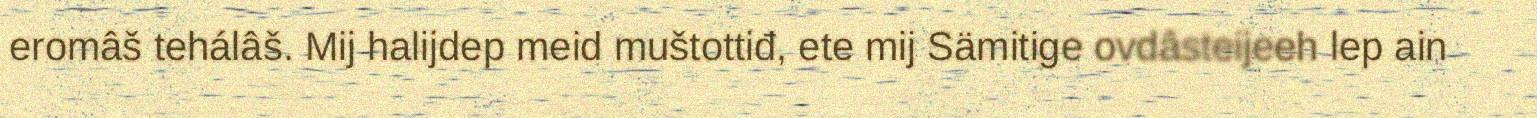
eromâš tehálâš. Mij halijdep meid muštottiđ, ete mij Sämitige ovdâsteijeeh lep ain